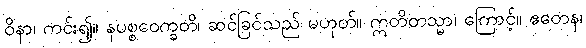
ဝိနာ၊ ကင်း၍။ နပစ္စဝေက္ခတိ၊ ဆင်ခြင်သည် မဟုတ်။ ဣတိတသ္မာ၊ ကြောင့်။ ဧတေန၊